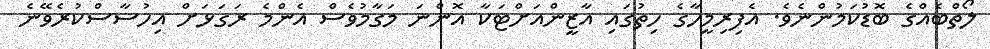
ލޯތްބެއްގެ ބޮޑުކަމުންނެވެ. އެފިރިމީހާގެ ހިތުގައި އާޒީންއަށްޓަކާ އޮންނަ މަގާމުވެސް އެންމެ ރަގަޅަށް އިހުސާސްކުރެވޭނެ